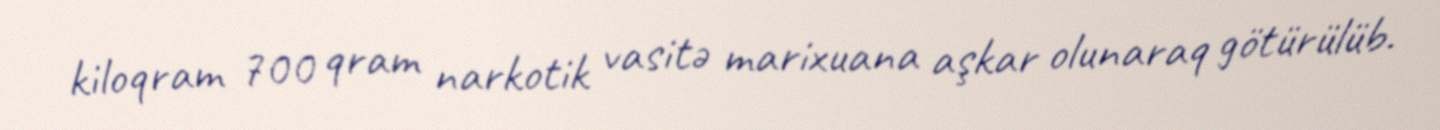
kiloqram 700 qram narkotik vasitə marixuana aşkar olunaraq götürülüb.